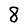
Digit: 8